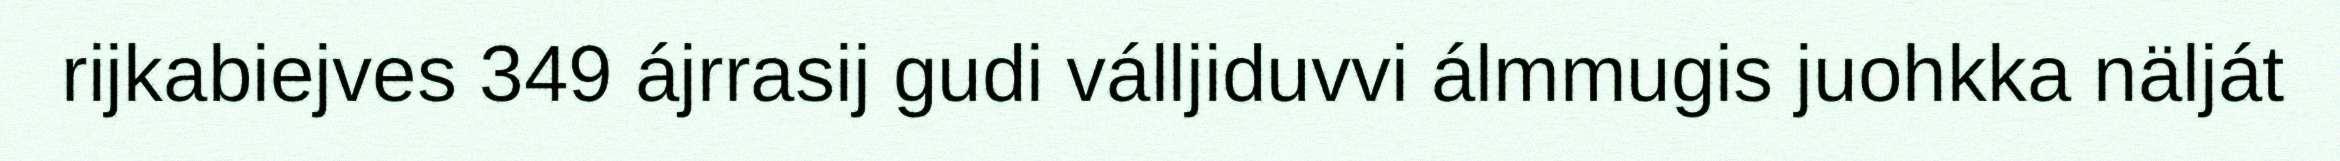
rijkabiejves 349 ájrrasij gudi válljiduvvi álmmugis juohkka nälját